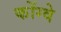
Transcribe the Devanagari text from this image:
कोंग्वे